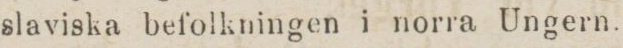
slaviska befolkningen i norra Ungern.